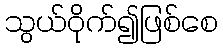
သွယ်ဝိုက်၍ဖြစ်စေ